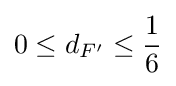
0\leq d_{F'}\leq {\frac {1}{6}}